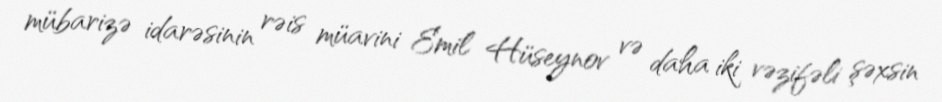
mübarizə idarəsinin rəis müavini Emil Hüseynov və daha iki vəzifəli şəxsin